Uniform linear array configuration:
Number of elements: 4
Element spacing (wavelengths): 0.5
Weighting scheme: hann
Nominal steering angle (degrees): -15
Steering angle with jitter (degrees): -15.279
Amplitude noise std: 0.05
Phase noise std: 0.05

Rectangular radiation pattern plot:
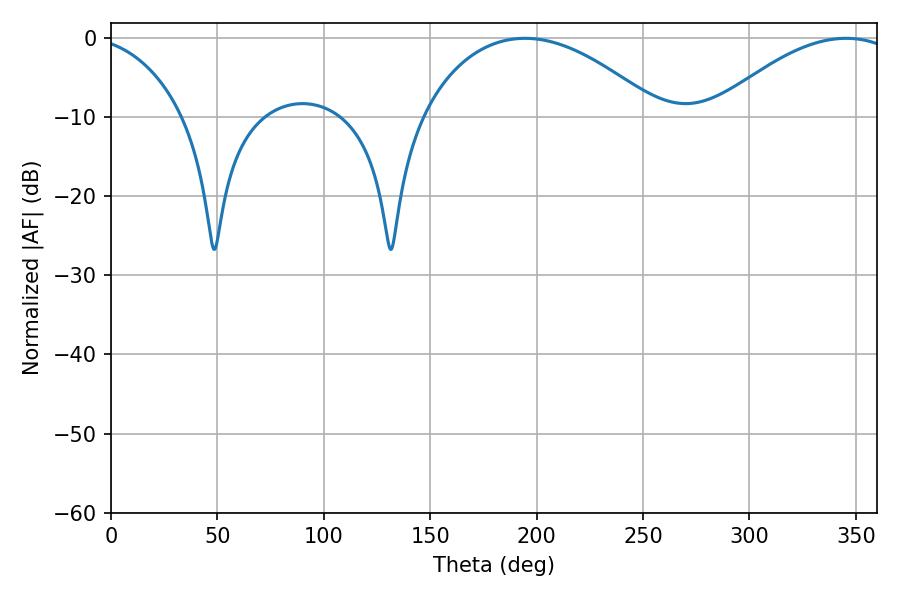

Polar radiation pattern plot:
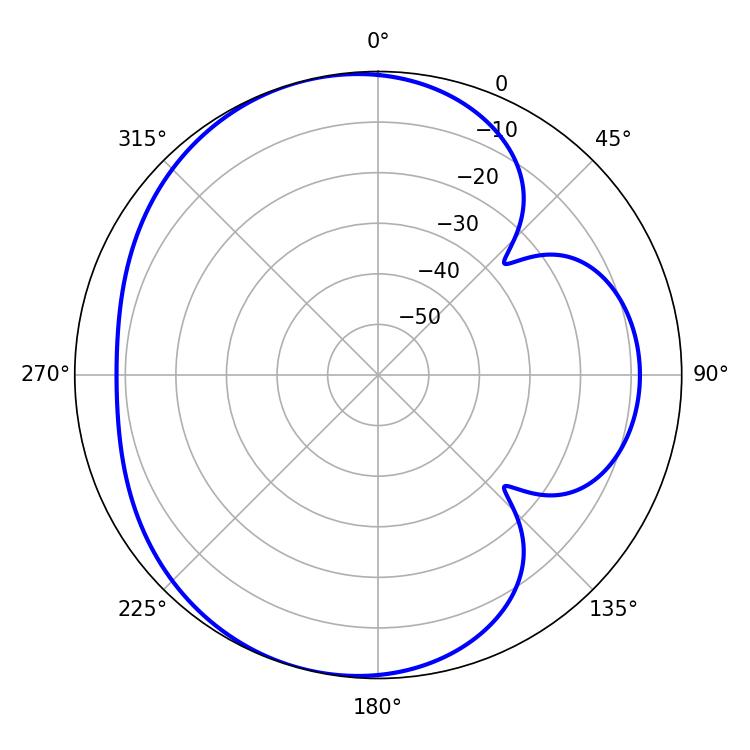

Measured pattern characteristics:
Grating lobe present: FALSE
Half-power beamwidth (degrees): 63
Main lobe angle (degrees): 194.58